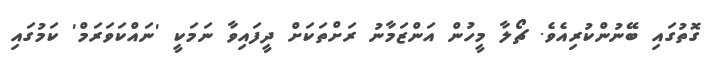
ގޮތުގައި ބޭނުންކުރިއެވެ. ޗޯލާ މީހުން އަންޒަމާނު ރަށްތަކަށް ދީފައިވާ ނަމަކީ 'ނައްކަވަރަމް' ކަމުގައި